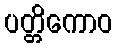
ပတ္တိကောဝ